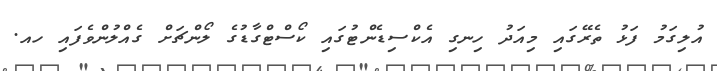
އުލިގަމު ފަޅު ތެރޭގައި މިއަދު ހިނގި އެކްސިޑެންޓުގައި ކޯސްޓްގާޑުގެ ލޯންޗަށް ގެއްލުންވެފައި ހއ.